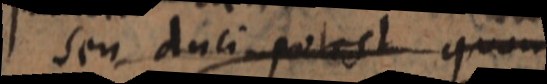
seu duci potest quousque